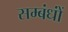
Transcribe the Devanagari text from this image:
सम्बंधोंं